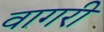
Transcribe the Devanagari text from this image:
वागरी